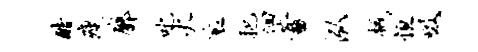
酷瘦廓叱火衮把徊蓄泓械恒吸